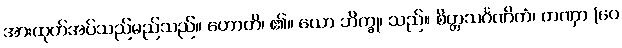
အားထုတ်အပ်သည်မည်သည်။ ဟောတိ၊ ၏။ ယော ဘိက္ခု၊ သည်။ စိတ္တသင်္ဂဏိကံ၊ တဏှာ (ပေ